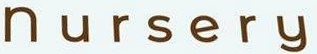
Nursery